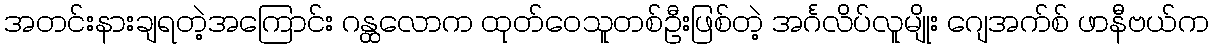
အတင်းနားချရတဲ့အကြောင်း ဂန္ထလောက ထုတ်ဝေသူတစ်ဦးဖြစ်တဲ့ အင်္ဂလိပ်လူမျိုး ဂျေအက်စ် ဖာနီဗယ်က